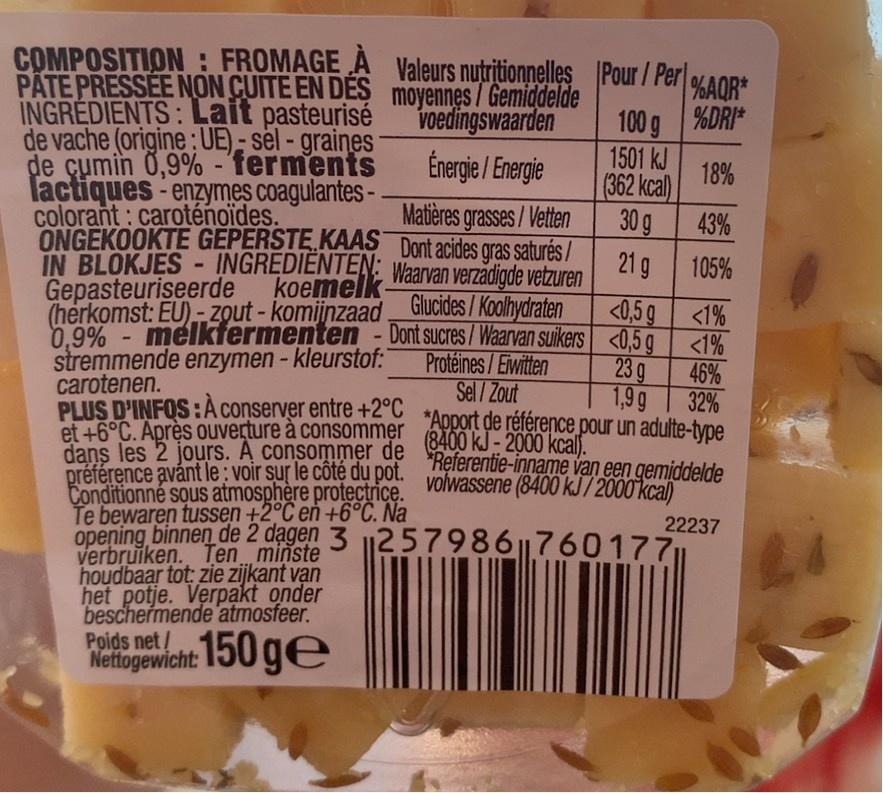
COMPOSITION : FROMAGE A Valeurs nutritionnelles Pour / Per PATE PRESSEE NON CUITE EN DES moyennes / Gemiddelde
INGREDIENTS: Lait pasteurisé de vache (origine: UE)- sel - graines de cumin 0,9% -'ferments lactiques-enzymes coagulantes- colorant: caroténoïdes.
voedingswaarden Énergie / Energie
100 g %DRI*
1501 kJ 18% (362 kcal)
Matières grasses/ Vetten ONGEKOOKTE GEPERSTE KAAS Dont acides gras saturés /
30g 21 g
43%
IN BLOKJES - INGREDIENTENE Waarvan verzädigde vetzuren
105%
Gepasteuriseerde
koemelk
<0,5 g <1%
(herkomst: EU) - Zout - komijnzaad Glucides/ Koolhydraten
0.9% - melkfermenten - Dont sucres/Waarvan suikers <0,5 g
<1%
stremmende enzymen-kleurstof: carotenen.
Protéines/Eiwitten Sel/Zout
23 g
46%
1,9g
32%
PLUS D'INFOS:A conserver entre+2 *Apport de référence pour un adulte-type
et +6°C. Après ouverture à consommer
dans les 2 jours. A consommer de 8400 kJ - 2000 kcal. préference avánt le : voir sur le cote du pOL. volwassene (8400 kJ/ 2000 kcal)
"Referentie-inname van een gemiddelde
Conditionné sous atmosphère protectrice. Te bewaren tussen +2°C en +6°C. Na
22237
opening binnen de 2 dagen 3 |257986||7601771
verbruiken. Ten minste houdbaar tot: zie zijkant vạn het potje. Verpakt onder beschermende atmosfeer.
Poids net150 ge
Poids net /
150 ge
Nettogewicht: